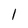
Character: I